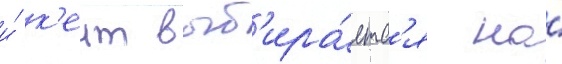
и́ к'еит выб'ира́етс'я на́